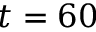
t = 6 0